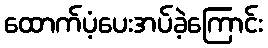
ထောက်ပံ့ပေးအပ်ခဲ့ကြောင်း